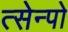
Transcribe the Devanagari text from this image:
त्सेन्पो